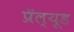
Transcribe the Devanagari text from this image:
प्रॅल्यूड